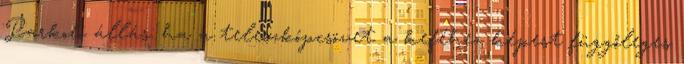
Parkoló állás: ha a teleszkópcsövet a keféhez képest függőleges